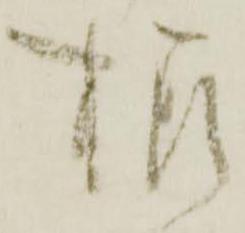
様